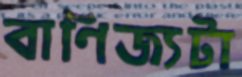
বাণিজ্যটা